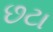
છટા